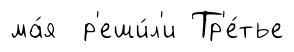
ма́я р'еши́л'и Тр'е́тье